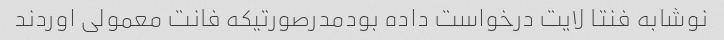
نوشابه فنتا لایت درخواست داده بودمدرصورتیکه فانت معمولی اوردند